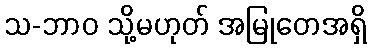
သ-ဘာဝ သို့မဟုတ် အမြုတေအရှိ